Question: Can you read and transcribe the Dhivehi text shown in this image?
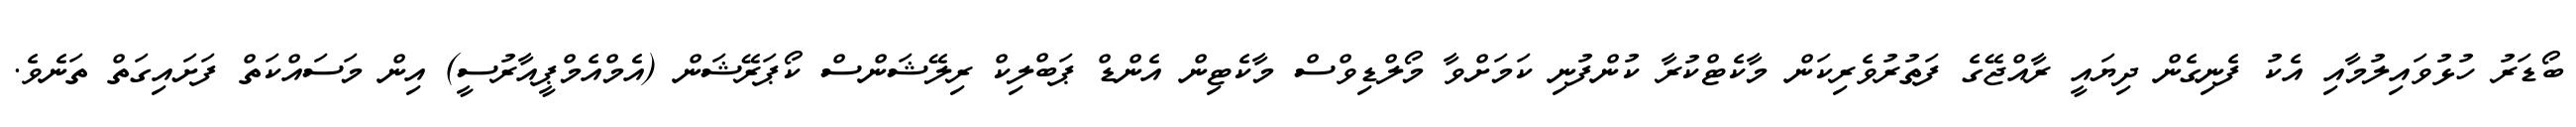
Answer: ބޯޑަރު ހުޅުވައިލުމާއި އެކު ފެނިގެން ދިޔައީ ރާއްޖޭގެ ފަތުރުވެރިކަން މާކެޓްކުރާ ކުންފުނި ކަމަށްވާ މޯލްޑިވްސް މާކެޓިން އެންޑް ޕަބްލިކް ރިލޭޝަންސް ކޯޕަރޭޝަން (އެމްއެމްޕީއާރުސީ) އިން މަސައްކަތް ފަށައިގަތް ތަނެވެ.